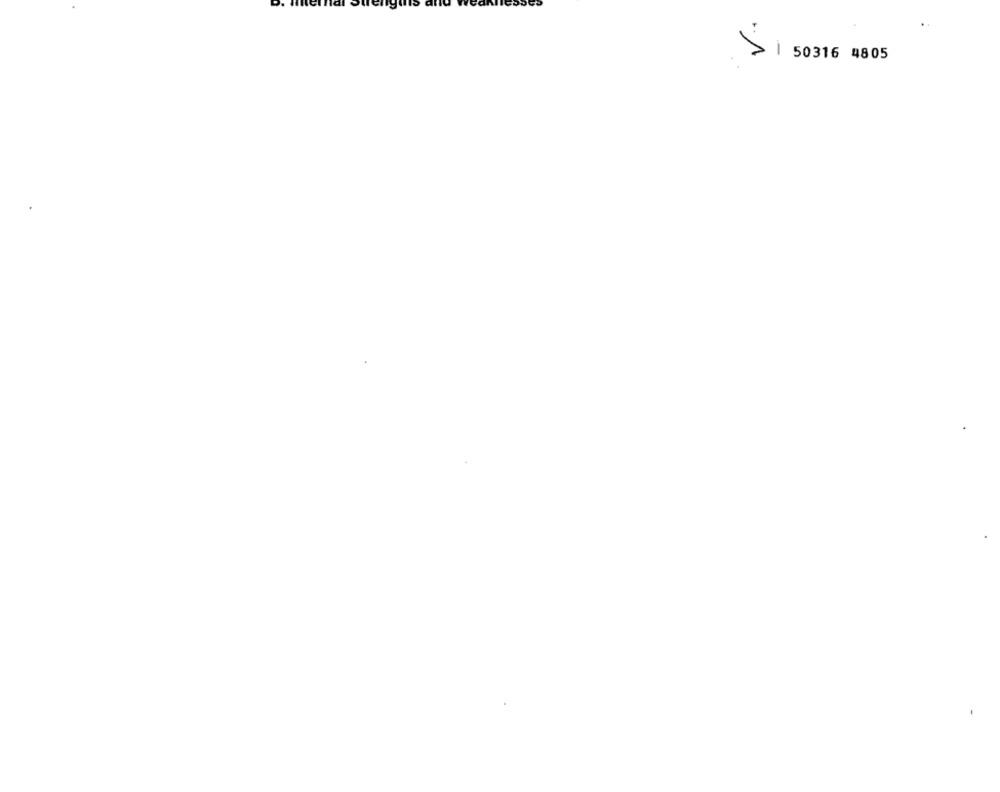
1
50316 4805